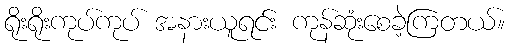
ရိုးရိုးကုပ်ကုပ် အနားယူရင်း ကုန်ဆုံးစေခဲ့ကြတယ်။